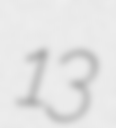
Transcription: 13